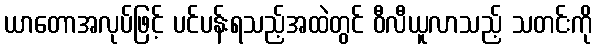
ယာတောအလုပ်ဖြင့် ပင်ပန်းရသည့်အထဲတွင် ဝီလီယူလာသည့် သတင်းကို